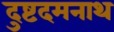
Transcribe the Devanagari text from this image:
दुष्टदमनाथ